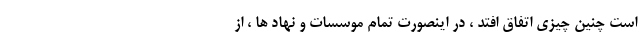
است چنین چیزی اتفاق افتد ، در اینصورت تمام موسسات و نهاد ها ، از